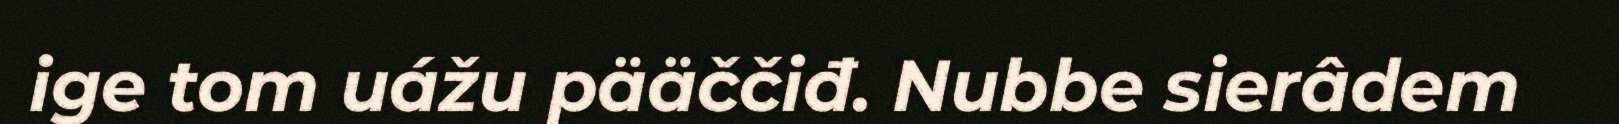
ige tom uážu pääččiđ. Nubbe sierâdem